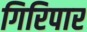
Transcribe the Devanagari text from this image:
गिरिपार